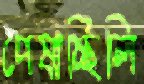
পেষাচ্ছিলি